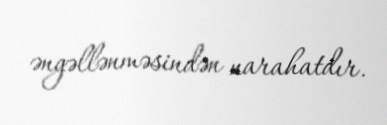
əngəllənməsindən narahatdır.